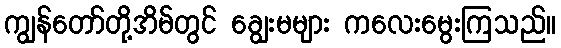
ကျွန်တော်တို့အိမ်တွင် ချွေးမများ ကလေးမွေးကြသည်။